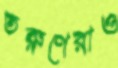
তরুণেরাও